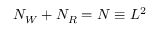
N _ { W } + N _ { R } = N \equiv L ^ { 2 }